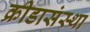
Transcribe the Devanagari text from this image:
क्रीडासंस्था